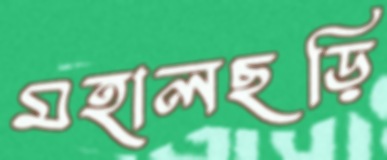
মহালছড়ি